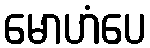
မောဟံပေ